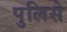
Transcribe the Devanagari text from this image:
पुलिसे